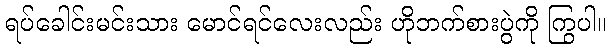
ရပ်ခေါင်းမင်းသား မောင်ရင်လေးလည်း ဟိုဘက်စားပွဲကို ကြွပါ။